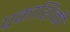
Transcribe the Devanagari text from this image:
प्रकाशिकी